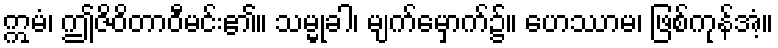
ဣမံ၊ ဤဇိဝိတာဝီမင်း၏။ သမ္မုခါ၊ မျက်မှောက်၌။ ဟေဿာမ၊ ဖြစ်ကုန်အံ့။